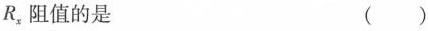
R_{x} 阻值的是 ( )